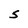
Character: 5